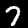
Label: 7